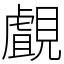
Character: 覰